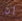
إن